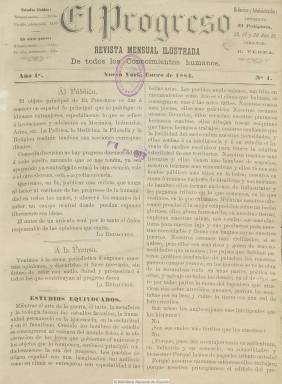
Título: El Progreso (Nueva York)
Colección: Cultura
Ámbito geográfico: Estados Unidos
Lugar de publicación: Nueva York
Fechas: 01/01/1884-30/06/1885

Con el subtítulo “revista mensual ilustrada de todos los conocimientos humanos”, comienza a publicarse el uno de enero de 1884 en Nueva York. En su artículo de presentación expresa que su objeto principal “es dar a conocer en español lo principal que se publique en idiomas extranjeros, especialmente lo que se refiere a invenciones y adelantos en mecánica, industrias, artes”, etc., y añade que la “política, la medicina y la religión” tendrían también sus secciones correspondientes, definiéndose la publicación como “un campo neutral” donde puedan exponerse libremente las ideas.

Publica textos, acompañados de grabados, sobre inventos mecánicos, motores, máquinas, comercio, industria, agricultura, ciencias, medicina o estudios de población y emigración, y estadísticas, sobresaliendo entre sus grabados los del Puente de Brooklyn y el de la Estatua de la Libertad, que ofrece a toda plana. Pero también inserta otros sobre psicología, filosofía y religión, alguna información sobre espiritismo y masonería, revistas de política (española, norteamericana e hispanoamericana), revista de prensa con comentarios críticos, bibliografía y, al final, alguna narración literaria. Sus entregas, compuestas a dos columnas, son, generalmente de veinte páginas, aunque posteriormente las aumenta hasta las veinticuatro ocupando las últimas anuncios publicitarios.

Su editor y director es el pontevedrés Ramón Silvestre Verea García, nacido en Curantes, Estrada, el once de noviembre de 1833, que desde 1882 venía siendo el propietario de la neoyorkina Imprenta El Polígloto, imprenta española y extranjera, que contaba con numerosos tipos, pues procedía de la New York Printorium, con veinticinco años de antigüedad, y que ofrecía servicios como la traducción e impresión en todos los idiomas o la exportación de maquinaria de impresión, y en donde estaba establecida la redacción y administración del periódico.

La personalidad del emigrado y exagustino Verea García imprime el carácter singular de esta publicación. Había emigrado a Cuba en 1855 y en su ciudad de León llega a dirigir un periódico, trasladándose diez años después a Nueva York, en donde se le reconocerá, en 1878, la invención de una singular e importante máquina de calcular. Ya había escrito algunas obras literarias cuando comienza a editar El progreso, en donde se advierte no sólo una actitud crítica con el sistema político de la Restauración española, desde una posición liberal y republicana, sino su anticlericalismo. Verea García es un librepensador, cuyo periódico neoyorkino es tildado por la prensa católica de ser similar a los semanarios madrileños Las dominicales del libre pensamiento (1883-1909) y El motín (1881-1926), siendo acusado él de ateo.

La colección de El progreso en la Biblioteca Nacional de España consta de dieciocho números, correspondiendo el último a junio de 1885. Pero debió seguir publicándose tras esta fecha, por lo menos tres años más. Verea recopilará sus artículos periodísticos en un volumen titulado Contra el altar y el trono (1890) y se sabe que en 1891 le acompañó en la redacción de su periódico el escritor venezolano José María Vargas Vila (1860-1933). En 1895 marcha a Guatemala y dos años después a Buenos Aires, iniciando de nuevo la publicación de El progreso en esta ciudad a partir de enero de 1898. Muy conocido en los círculos intelectuales de la emigración y de Hispanoamérica, Verea García fallecía escaso de recursos en Argentina, el seis de febrero de 1899.